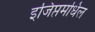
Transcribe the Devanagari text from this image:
इजिप्तमधिल